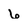
Character: 6